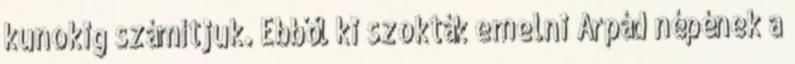
kunokig számítjuk. Ebből ki szokták emelni Árpád népének a